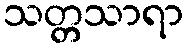
သတ္တသာရာ